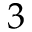
3